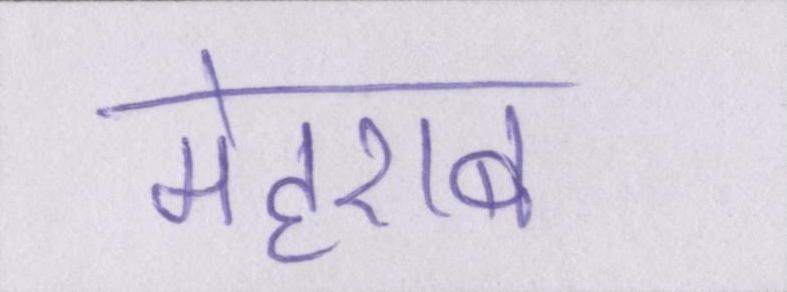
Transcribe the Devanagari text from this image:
मेहराब